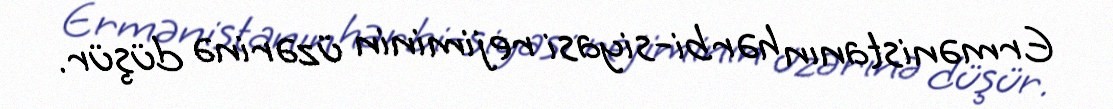
Ermənistanın hərbi-siyasi rejiminin üzərinə düşür.